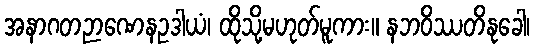
အနာဂတဉာဏေနဥဒါယံ၊ ထိုသို့မဟုတ်မူကား။ နဘဝိဿတိနုခေါ၊